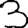
Digit: 3